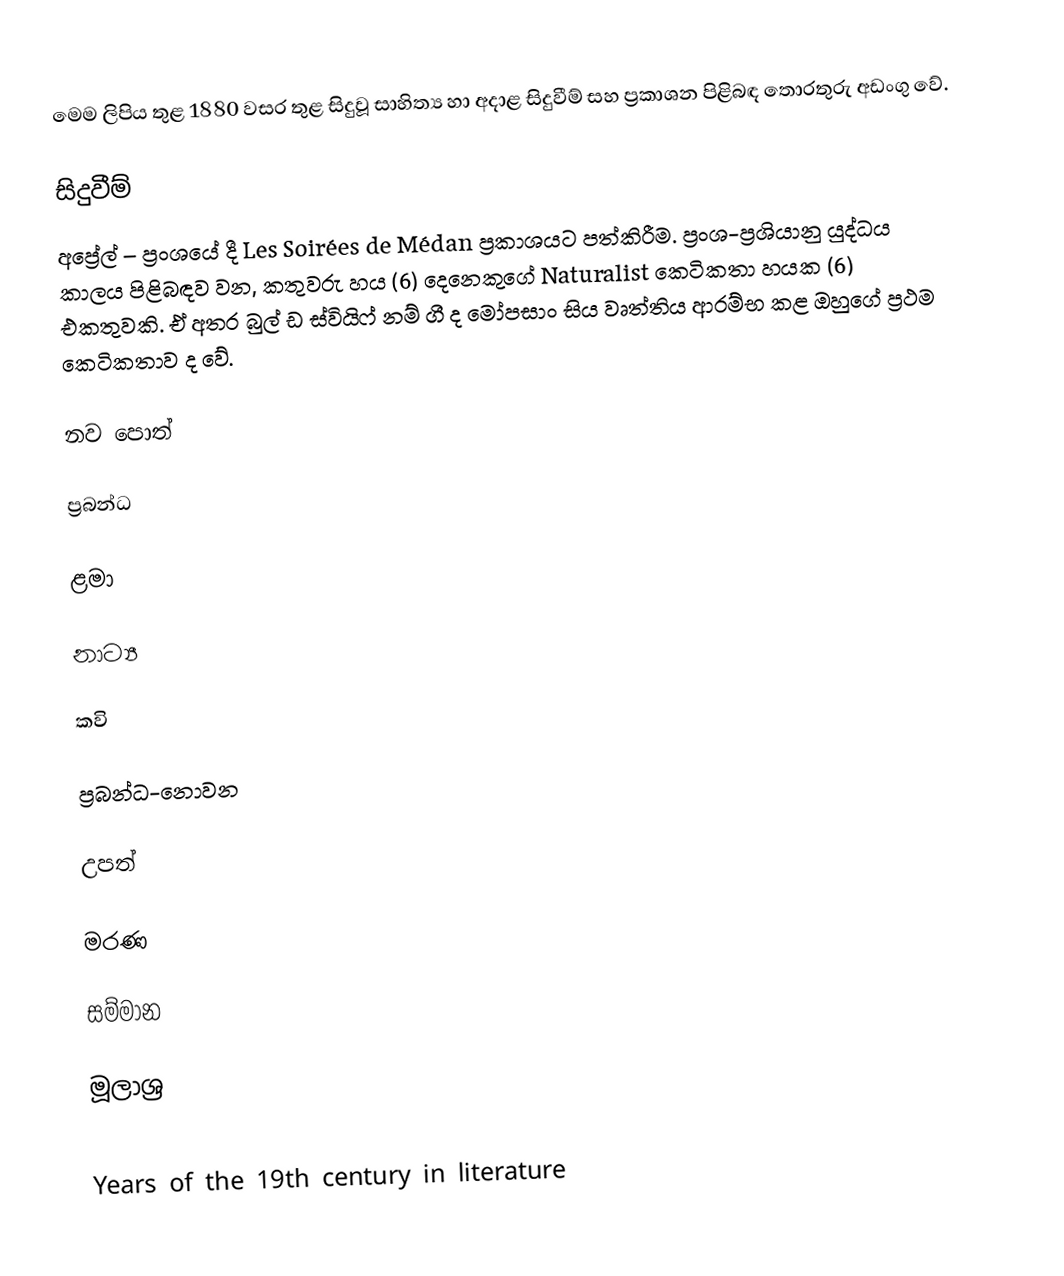
මෙම ලිපිය තුළ 1880 වසර තුළ සිදුවූ සාහිත්‍ය හා අදාළ සිදුවීම් සහ ප්‍රකාශන පිළිබඳ තොරතුරු අඩංගු වේ.

සිදුවීම්
අප්‍රේල් – ප්‍රංශයේ දී Les Soirées de Médan ප්‍රකාශයට පත්කිරීම. ප්‍රංශ-ප්‍රශියානු යුද්ධය කාලය පිළිබඳව වන, කතුවරු හය (6) දෙනෙකුගේ Naturalist කෙටිකතා හයක (6) එකතුවකි. ඒ අතර බුල් ඩ ස්වියිෆ් නම් ගී ද මෝපසාං සිය වෘත්තිය ආරම්භ කළ ඔහුගේ ප්‍රථම කෙටිකතාව ද වේ.

නව පොත්

ප්‍රබන්ධ

ළමා

නාට්‍ය

කවි

ප්‍රබන්ධ-නොවන

උපත්

මරණ

සම්මාන

මූලාශ්‍ර

Years of the 19th century in literature